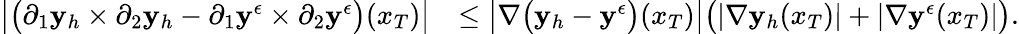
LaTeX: \begin{array}{rl}{\big|\big(\partial_{1}\mathbf{y}_{h}\times\partial_{2}\mathbf{y}_{h}-\partial_{1}\mathbf{y}^{\epsilon}\times\partial_{2}\mathbf{y}^{\epsilon}\big)(x_{T})\big|}&{\le\big|\nabla\big(\mathbf{y}_{h}-\mathbf{y}^{\epsilon}\big)(x_{T})\big|\big(|\nabla\mathbf{y}_{h}(x_{T})|+|\nabla\mathbf{y}^{\epsilon}(x_{T})|\big).}\end{array}